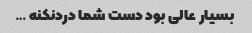
بسیار عالی بود دست شما دردنکنه …